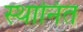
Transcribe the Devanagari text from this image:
स्थानित